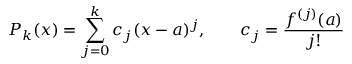
P _ { k } ( x ) = \sum _ { j = 0 } ^ { k } c _ { j } ( x - a ) ^ { j } , \qquad c _ { j } = { \frac { f ^ { ( j ) } ( a ) } { j ! } }